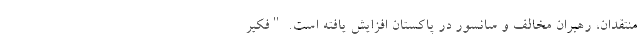
منتقدان، رهبران مخالف و سانسور در پاکستان افزایش یافته است. "فکیر